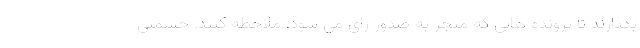
بگذارند تا پرونده هایی که منجر به صدور رای می شود، ملاحظه کنند. حشمتی